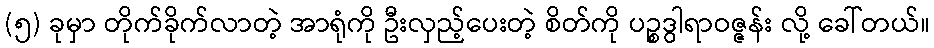
(၅) ခုမှာ တိုက်ခိုက်လာတဲ့ အာရုံကို ဦးလှည့်ပေးတဲ့ စိတ်ကို ပဉ္စဒွါရာဝဇ္ဇန်း လို့ ခေါ်တယ်။